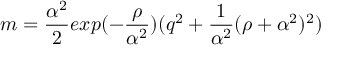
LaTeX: m = { \frac { \alpha ^ { 2 } } { 2 } } e x p ( - { \frac { \rho } { \alpha ^ { 2 } } } ) ( q ^ { 2 } + { \frac { 1 } { \alpha ^ { 2 } } } ( \rho + { \alpha ^ { 2 } } ) ^ { 2 } )